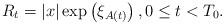
LaTeX: \begin{align*} R_t = |x| \exp \left( \xi_{A(t)} \right), 0 \leq t < T_0.\end{align*}